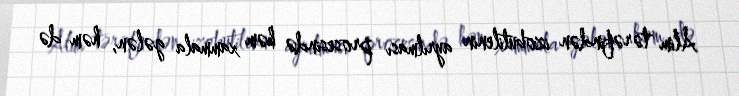
Alim tərəfindən izobutilenin ayrılması prosesində həm xammala gələn, həm də